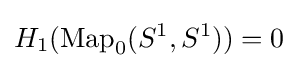
H_{1}(\operatorname {Map} _{0}(S^{1},S^{1}))=0